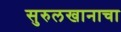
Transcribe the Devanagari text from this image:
सुरुलखानाचा